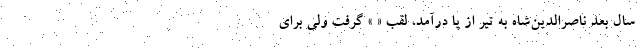
سال بعد ناصر‌الدین‌شاه به تیر از پا درآمد، لقب « » گرفت ولی برای